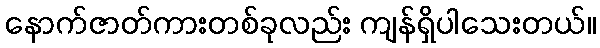
နောက်ဇာတ်ကားတစ်ခုလည်း ကျန်ရှိပါသေးတယ်။